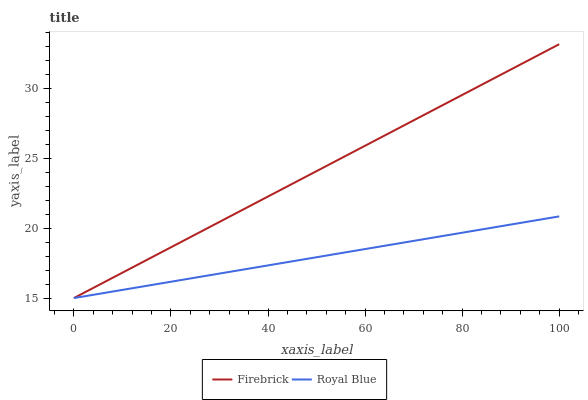
| xaxis_label | Firebrick | Royal Blue |
 | --- | --- | --- |
 | 0 | 15 | 15 |
 | 20 | 18.6 | 16.2 |
 | 40 | 22.3 | 17.3 |
 | 60 | 25.9 | 18.5 |
 | 80 | 29.5 | 19.7 |
 | 100 | 33.2 | 20.8 |